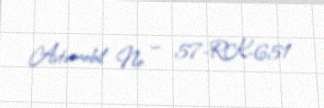
Avtomobil № — 57-RK-651